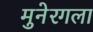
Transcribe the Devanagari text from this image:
मुनेरगला